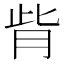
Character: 𦙼